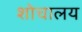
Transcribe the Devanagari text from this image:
शोचालय